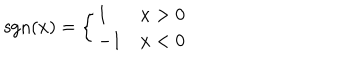
LaTeX: \mathrm { s g n } ( x ) = \left\{ \begin{array} { l l } { { 1 \ } } & { { x > 0 } } \\ { { - 1 } } & { { x < 0 } } \\ \end{array} \right.